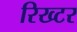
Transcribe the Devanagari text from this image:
रिख्टर